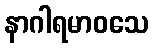
နာဂါရမာဝသေ